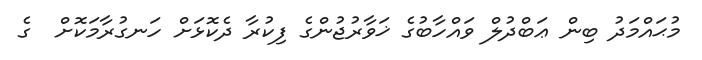
މުޙައްމަދު ބިން ޢަބްދުލް ވައްހާބުގެ ޚަވާރުޖުންގެ ފިކުރާ ދެކޮޅަށް ހަނގުރާމަކޮށް  ގެ